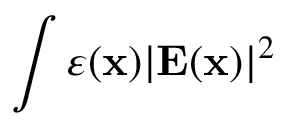
\int \varepsilon ( \mathbf { x } ) | \mathbf { E } ( \mathbf { x } ) | ^ { 2 }